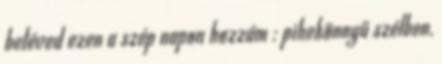
betéved ezen a szép napon hozzám : pihekönnyű szélben,